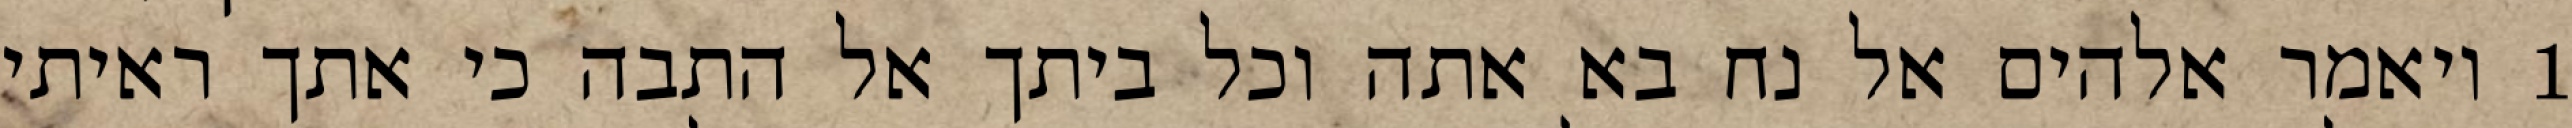
1 ויאמר אלהים אל נח בא אתה וכל ביתך אל התבה כי אתך ראיתי